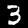
Label: 3